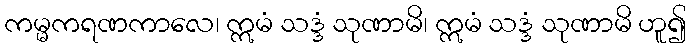
ကမ္မကရဏကာလေ၊ ဣမံ သဒ္ဒံ သုဏာမိ၊ ဣမံ သဒ္ဒံ သုဏာမိ ဟူ၍